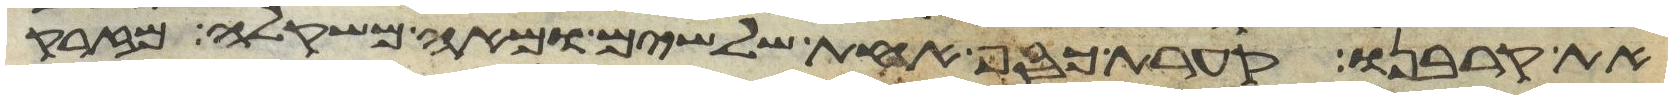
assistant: את קרבנו קערת כסף אחת שלשים ומאה משקלה מזרק